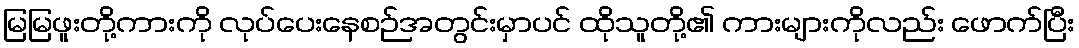
မြမြဖူးတို့ကားကို လုပ်ပေးနေစဉ်အတွင်းမှာပင် ထိုသူတို့၏ ကားများကိုလည်း ဖောက်ပြီး